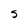
Character: S